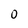
Character: 0